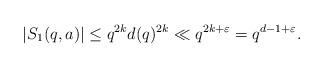
LaTeX: \begin{align*} |S_1(q,a)|\leq q^{2k}d(q)^{2k} \ll q^{2k+\varepsilon}=q^{d-1+\varepsilon}.\end{align*}